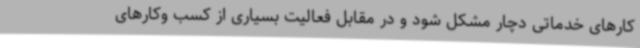
کارهای خدماتی دچار مشکل شود و در مقابل فعالیت بسیاری از کسب وکارهای